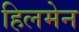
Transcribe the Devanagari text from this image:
हिलमेन